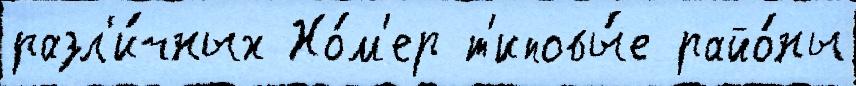
разл'и́чных Но́м'ер т'иповы́е райо́ны